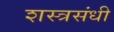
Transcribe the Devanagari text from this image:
शस्त्रसंधी